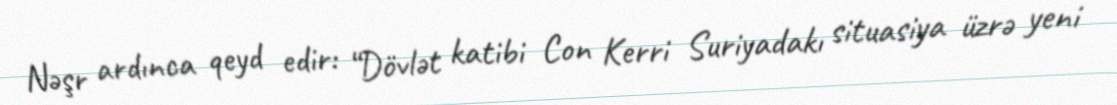
Nəşr ardınca qeyd edir: “Dövlət katibi Con Kerri Suriyadakı situasiya üzrə yeni